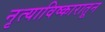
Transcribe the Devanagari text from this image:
नृत्याविष्कारातून